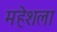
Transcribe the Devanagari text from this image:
महेशला